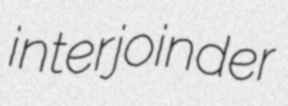
interjoinder